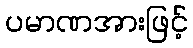
ပမာဏအားဖြင့်